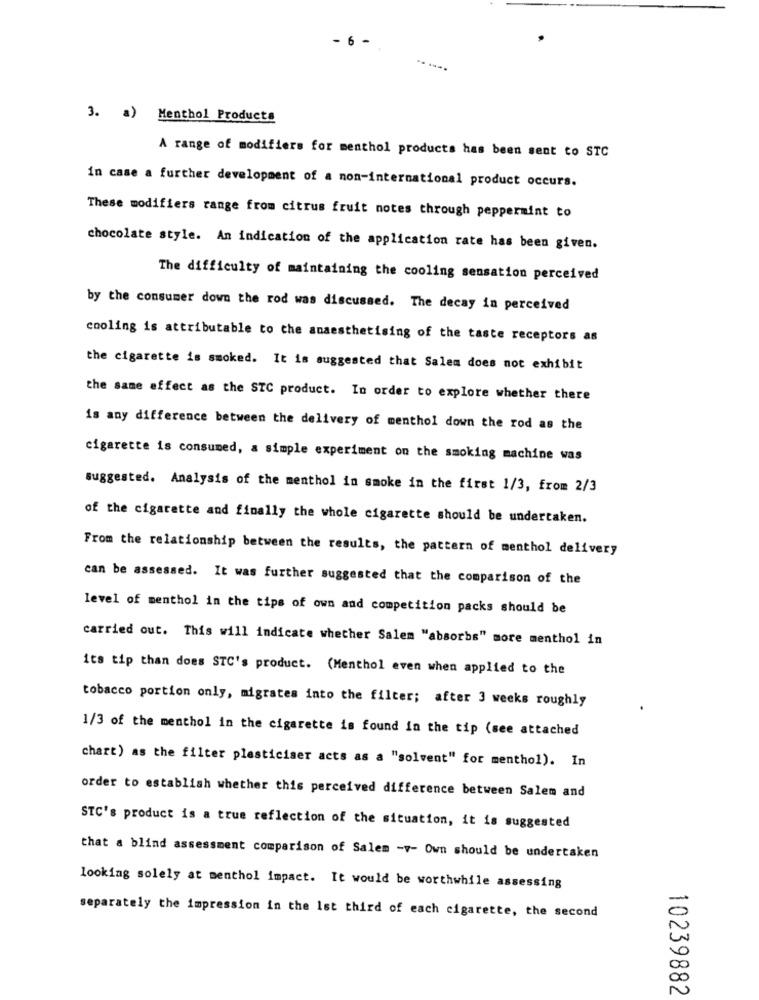
- 6
---...
3. a) Menthol Products
A range of modifiers for menthol products has been sent to STC
in case a further development of a non-international product occurs.
These modifiers range from citrus fruit notes through peppermint to
chocolate style. An indication of the application rate has been given.
The difficulty of maintaining the cooling sensation perceived
by the consumer down the rod was discussed. The decay in perceived
cooling is attributable to the anaesthetising of the taste receptors as
the cigarette is smoked. It is suggested that Salem does not exhibit
the same effect as the STC product. In order to explore whether there
is any difference between the delivery of menthol down the rod as the
cigarette is consumed, a simple experiment on the smoking machine was
suggested. Analysis of the menthol in smoke in the first 1/3, from 2/3
of the cigarette and finally the whole cigarette should be undertaken.
From the relationship between the results, the pattern of menthol delivery
can be assessed. It was further suggested that the comparison of the
level of menthol in the tips of own and competition packs should be
carried out. This will indicate whether Salem "absorbs" more menthol in
its tip than does STC's product. (Menthol even when applied to the
tobacco portion only, migrates into the filter; after 3 weeks roughly
1/3 of the menthol in the cigarette is found in the tip (see attached
chart) as the filter plasticiser acts as a "solvent" for menthol). In
order to establish whether this perceived difference between Salem and
STC's product is a true reflection of the situation, it is suggested
that a blind assessment comparison of Salem -v- Own should be undertaken
looking solely at menthol impact. It would be worthwhile assessing
-
separately the impression in the 1st third of each cigarette, the second
0
10239882